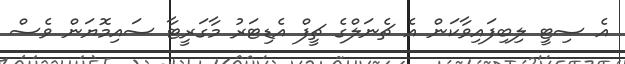
އެ ސިޓީ ލިބިފައިވާކަން އެ ޗެނަލްގެ ޗީފް އެޑިޓަރު މާގަރީޓާ ސައިމޮޔަން ވެސް